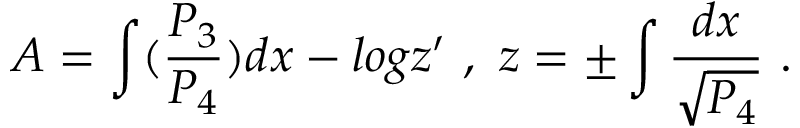
A = \int ( { \frac { P _ { 3 } } { P _ { 4 } } } ) d x - l o g z ^ { \prime } \ , \ z = \pm \int { \frac { d x } { \sqrt { P _ { 4 } } } } \ .